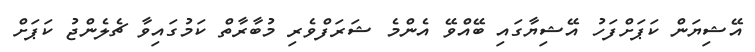
އޭޝިޔަން ކަޕަށްފަހު އޭޝިޔާގައި ބޭއްވޭ އެންމެ ޝަރަފްވެރި މުބާރާތް ކަމުގައިވާ ޗެލެންޖު ކަޕަށް